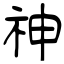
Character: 神